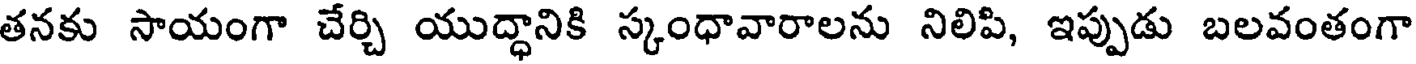
తనకు సాయంగా చేర్చి యుద్ధానికి స్కంధావారాలను నిలిపి, ఇప్పుడు బలవంతంగా